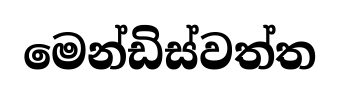
මෙන්ඩිස්වත්ත